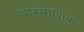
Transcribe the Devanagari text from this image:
पारुमाणिक